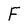
Character: F